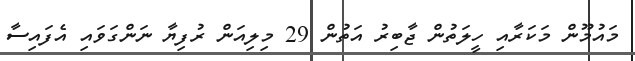
މައުމޫން މަކަރާއި ހީލަތުން ޖާބިރު އަތުން 29 މިލިއަން ރުފިޔާ ނަންގަވައި އެފައިސާ